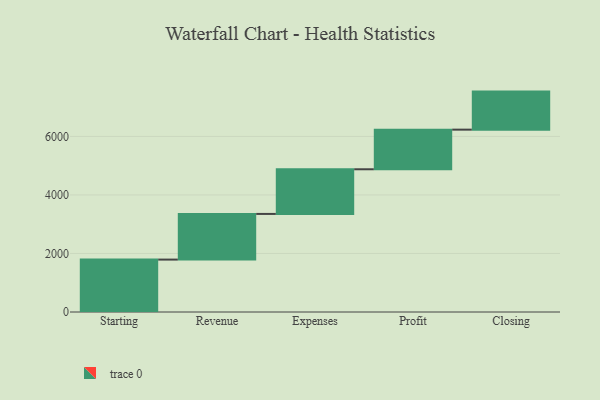
{"axis": {"x": "Step", "y": "Value"}, "legend": [""], "data": [{"x": "Starting", "y": 1791.0, "type": ""}, {"x": "Revenue", "y": 1560.0, "type": ""}, {"x": "Expenses", "y": 1526.0, "type": ""}, {"x": "Profit", "y": 1354.0, "type": ""}, {"x": "Closing", "y": 1300.0, "type": ""}]}